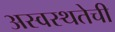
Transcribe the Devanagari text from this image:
अस्वस्थतेची